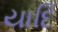
યાદિ